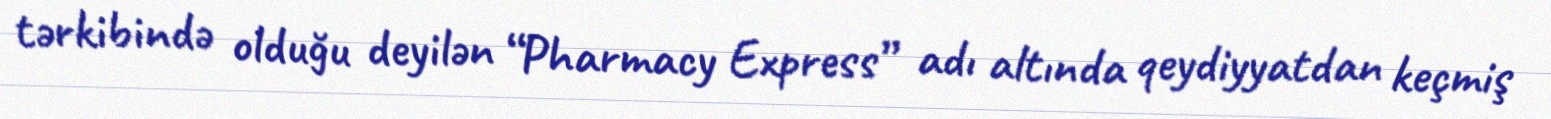
tərkibində olduğu deyilən “Pharmacy Express” adı altında qeydiyyatdan keçmiş